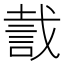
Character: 𧧬